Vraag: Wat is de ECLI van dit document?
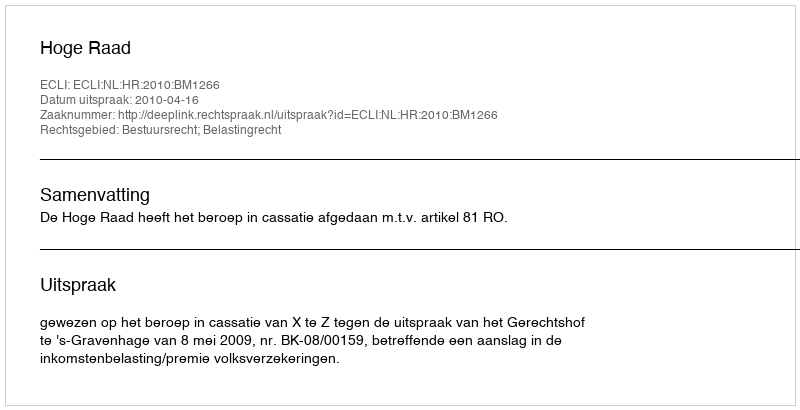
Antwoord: ECLI:NL:HR:2010:BM1266